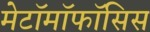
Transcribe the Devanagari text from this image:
मेटॉमॉफॉसिस